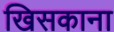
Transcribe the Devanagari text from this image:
खिसकाना